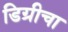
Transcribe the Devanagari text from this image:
डिग्रीचा